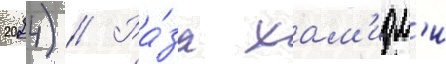
2024) // Ра́за хам'идм'и